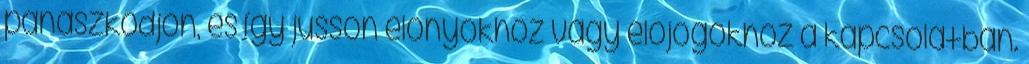
panaszkodjon, és így jusson előnyökhöz vagy előjogokhoz a kapcsolatban.